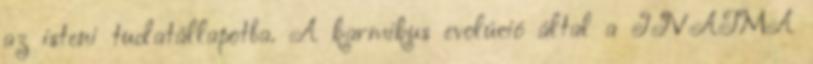
az isteni tudatállapotba. A karmikus evolúció által a JIVATMA